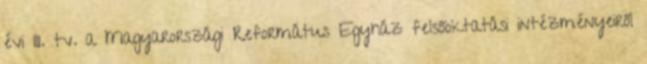
évi III. tv. a Magyarországi Református Egyház felsőoktatási intézményeiről